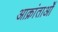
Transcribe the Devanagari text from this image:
आक्रांताओँ